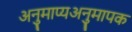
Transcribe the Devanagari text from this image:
अनुमाप्यअनुमापक